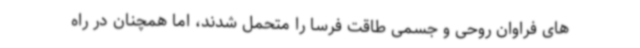
های فراوان روحی و جسمی طاقت فرسا را متحمل شدند، اما همچنان در راه